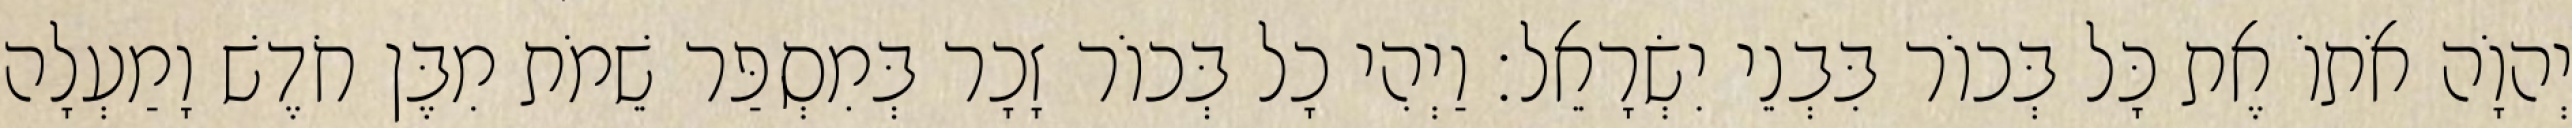
יְהוָֹה אֹתוֹ אֶת כָּל בְּכוֹר בִּבְנֵי יִשְׂרָאֵל׃ וַיְהִי כָל בְּכוֹר זָכָר בְּמִסְפַּר שֵׁמֹת מִבֶּן חֹדֶשׁ וָמַעְלָה